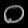
Digit: ၀